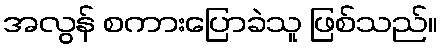
အလွန် စကားပြောခဲသူ ဖြစ်သည်။